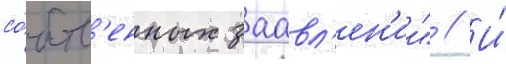
со́бств'енных заавл'ен'ии" // И́